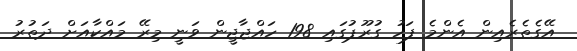
އޭގެތެރެއިން އެންމެ ފަހު ގުރޫޕުގައި 198 ހައްޖާޖީން ވަނީ މިރޭ މައްކާއަށް ދަތުރު